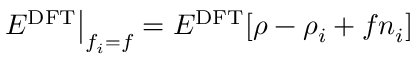
\left. E ^ { \mathrm { D F T } } \right| _ { f _ { i } = f } = E ^ { \mathrm { D F T } } [ \rho - \rho _ { i } + f n _ { i } ]